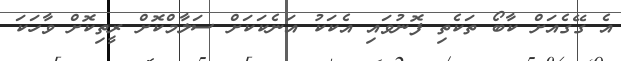
އެ ގޭގެއަށް ކާބޯ ތަކެތި ފޮނުވައި އެކަކު އަނެކަކަށް ސަލާމްކޮށް ރީތިކޮށް ވާހަކަ